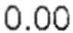
0.00